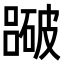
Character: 𥖕